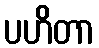
ပဟိတာ